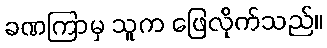
ခဏကြာမှ သူက ဖြေလိုက်သည်။